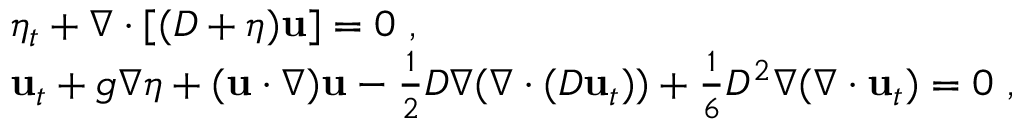
\begin{array} { r l } & { \eta _ { t } + \nabla \cdot [ ( D + \eta ) \mathbf { u } ] = 0 \ , } \\ & { { \bf u } _ { t } + g \nabla \eta + ( \mathbf { u } \cdot \nabla ) \mathbf { u } - \frac { 1 } { 2 } D \nabla ( \nabla \cdot ( D \mathbf { u } _ { t } ) ) + \frac { 1 } { 6 } D ^ { 2 } \nabla ( \nabla \cdot \mathbf { u } _ { t } ) = 0 \ , } \end{array}